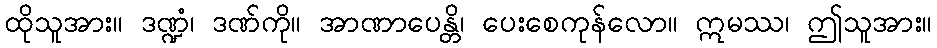
ထိုသူအား။ ဒဏ္ဍံ၊ ဒဏ်ကို။ အာဏာပေန္တိ၊ ပေးစေကုန်လော။ ဣမဿ၊ ဤသူအား။